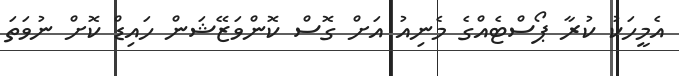
އެމީހަކު ކުރާ ޕޯސްޓެއްގެ މެނިއު އަށް ގޮސް ކޮންވަޒޭޝަން ހައިޑް ކޮށް ނުވަތަ